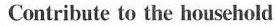
Contribute to the household